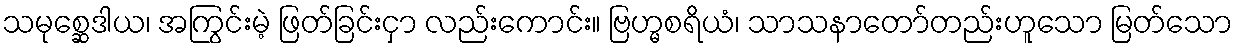
သမုစ္ဆေဒါယ၊ အကြွင်းမဲ့ ဖြတ်ခြင်းငှာ လည်းကောင်း။ ဗြဟ္မစရိယံ၊ သာသနာတော်တည်းဟူသော မြတ်သော